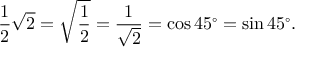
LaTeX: { \frac { 1 } { 2 } } { \sqrt { 2 } } = { \sqrt { \frac { 1 } { 2 } } } = { \frac { 1 } { \sqrt { 2 } } } = \cos 4 5 ^ { \circ } = \sin 4 5 ^ { \circ } .